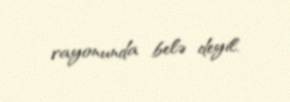
rayonunda belə deyil.